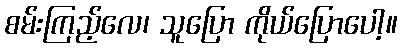
စမ်းကြည့်လေ၊ သူပြော ကိုယ်ပြောပေါ့။